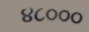
૪૮૦૦૦